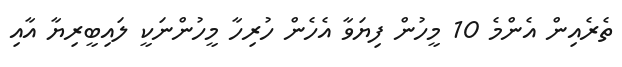
ތެރެއިން އެންމެ 10 މީހުން ފިޔަވާ އެހެން ހުރިހާ މީހުންނަކީ ލައިބީރިޔާ އާއި